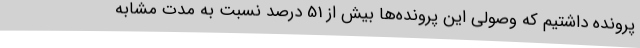
پرونده داشتیم که وصولی این پرونده‌ها بیش از 51 درصد نسبت به مدت مشابه